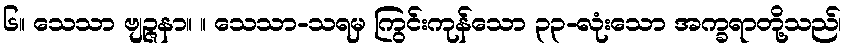
၆။ သေသာ ဗျဉ္ဇနာ။ ။ သေသာ-သရမှ ကြွင်းကုန်သော ၃၃-လုံးသော အက္ခရာတို့သည်၊